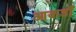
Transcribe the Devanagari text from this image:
आकडोँ